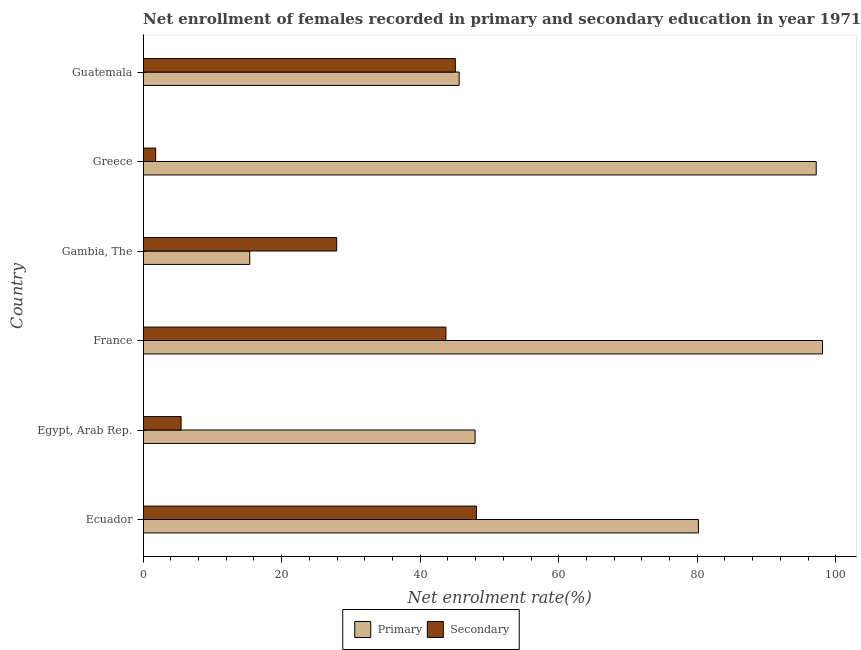
| Country | Primary | Secondary |
 | --- | --- | --- |
 | Ecuador | 80.2 | 48.1 |
 | Egypt, Arab Rep. | 47.9 | 5.49 |
 | France | 98.1 | 43.7 |
 | Gambia, The | 15.4 | 28 |
 | Greece | 97.2 | 1.82 |
 | Guatemala | 45.6 | 45.1 |